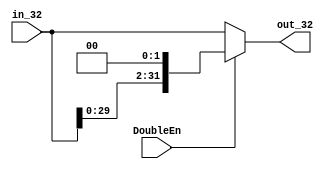
`timescale 1ns / 1ps
//////////////////////////////////////////////////////////////////////////////////
// Company:
// Engineer:
//
// Design Name:
// Module Name: LeftShift2
// Project Name:
// Target Devices:
// Tool Versions:
// Description:
//
// Dependencies:
//
// Revision:
// Revision 0.01 - File Created
// Additional Comments:
//
//////////////////////////////////////////////////////////////////////////////////


module LeftShift2(
    input DoubleEn,
    input [31:0] in_32,
    output [31:0] out_32
    );

    assign out_32 = (DoubleEn) ? {in_32[29:0], 2'b00} : in_32;
endmodule